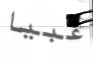
غبيا